Vaike-Kopu_(Puiatu)_vallavalitsus, lk 49
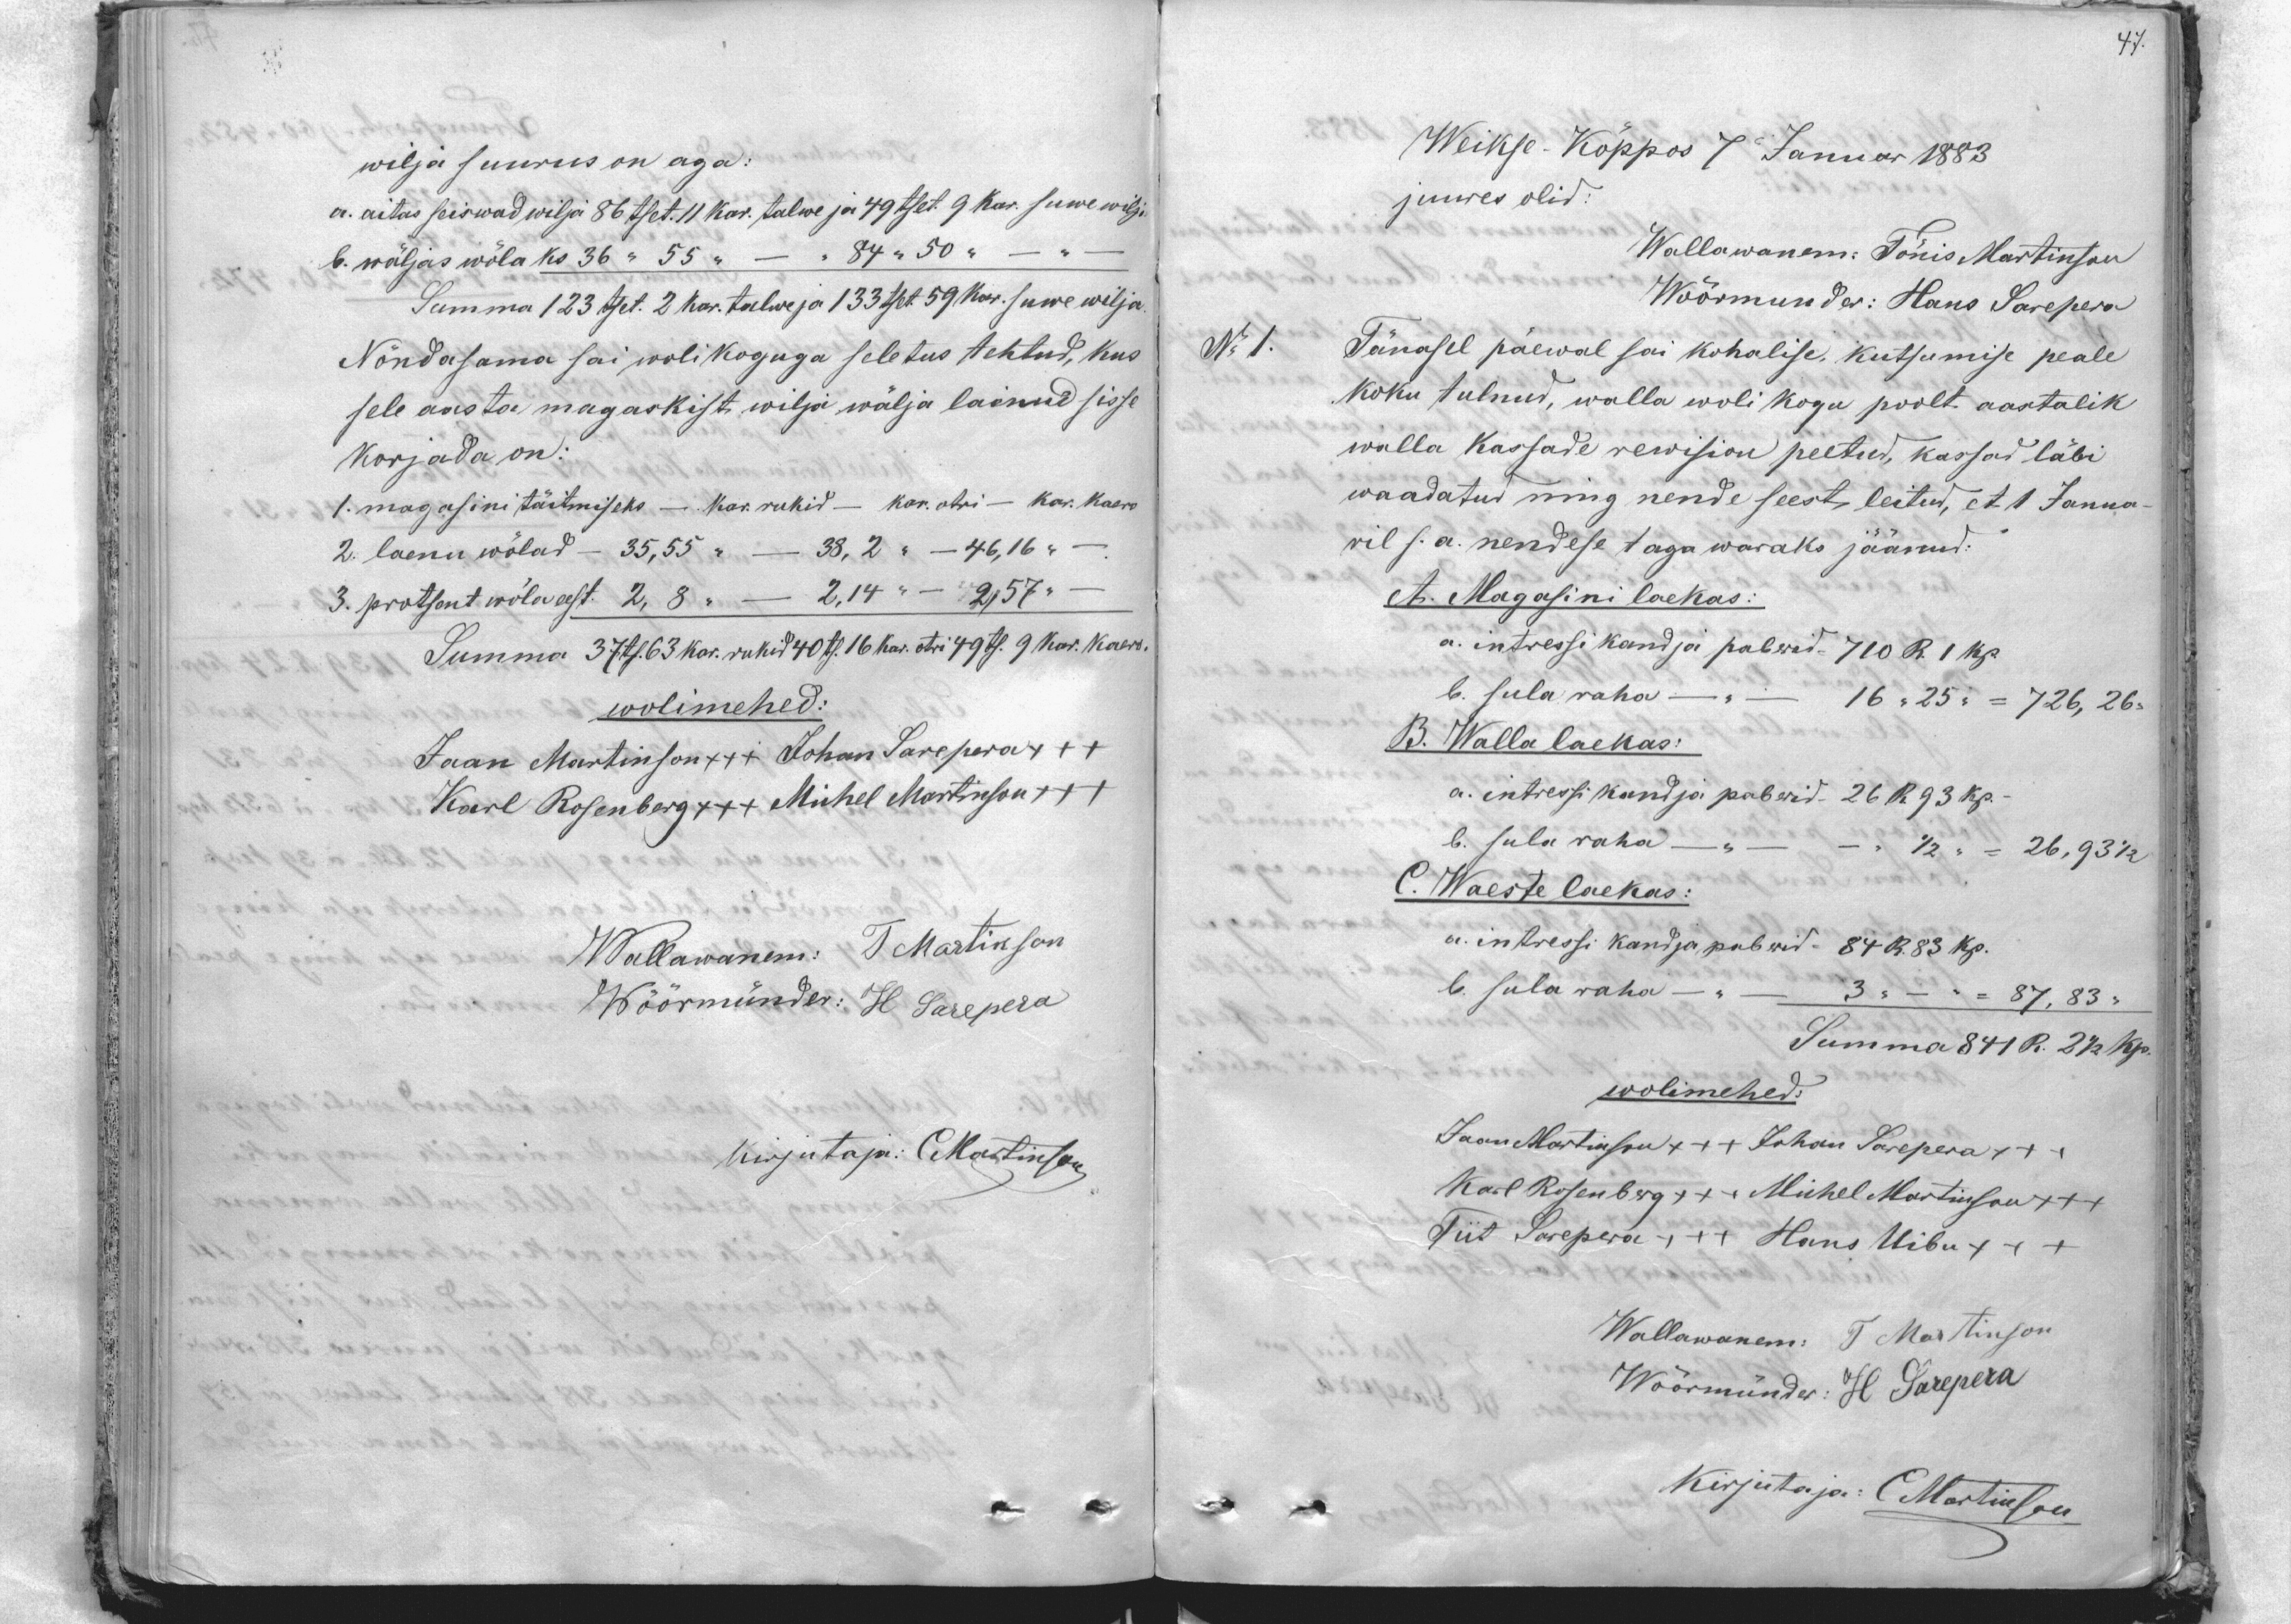
47.

wilja suurus on aga
a. aitas seiswad wilja 86 tset. 11 kar. talwe ja 49 tset. 9 kar. suwe wilja
b. wäljas wölaks 36 " 55 " - " 84 " 50 "
Summa 123 tset. 2 kar. talwe ja 1 33 tset. 59 kap. suwe wilja.
Nõndasama sai wolikoguga seletus tehtud, kus
sele aasta magaskist wilja wälja läinud sisse
Korjada on
1. magasini täitmiseks - kar. rukid - kar. otri - kar. kaero
2. laenu wölad - 35,55 " - 38,2 " - 46,16 " -
3. protsent wöla eest 2,8 " - 2,14 " - 2,57 "
Summa 37 ts. 63 kar. rukid 40 ts. 16 kar. otki 49 ts. 9 kar. kaero
wolimehed:
Jaan Martinson +++ Johan Sarepera +++
Karl Rosenberg +++ Michel Martinson +++
Wallawanem: T Martinson
Wöörmünder: H. Sarepera
Kirjutaja: C Martinson

Weikse Köppos 7 Januar 1883
juures olid:
Wallawanem. Tönis Martinson
Wöörmunder: Hans Sarepera
No 1
Tänasel päewal sai kohalise, kutsumise peale
koku tulnud, walla wolikogu poolt aastalik
walla kassade rewision peetud, kassad läbi
waadatud ning nende seest leitud, et 1 Janna-
ril s.a. nendese taga waraks jäänud.
A. Magasini laekas:
a. intressi kandja paberid. 710 R. 1 kp.
b. sula raha - - 16 "25 " = 726,26-
B. Walla laekas:
a. intressi kandja paberid. 26 R 93 kp.
b. sula raha 1/2 " = 26,93 1/2
C. Waeste laekas:
a. intressi kandja paberid - 84 R. 83 kp.
b. sula raha 3 "   87,83 "
Summa 841 R. 2 1/2 kp.
wolimehed:
Jaan Martinson +++ Johan Sarepera +++
Karl Rosenberg +++ Michel Martinson +++
Tiit Sarepera XXX Hans Uibu +++
Wallawanem: T Martinson
Wöörmündes: H. Sarepera
Kirjutaja: C Martinson